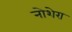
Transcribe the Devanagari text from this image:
नोशेरा